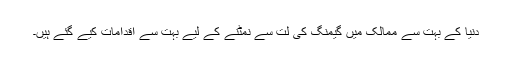
دنیا کے بہت سے ممالک میں گیمنگ کی لت سے نمٹنے کے لیے بہت سے اقدامات کیے گئے ہیں۔